Code of medical and sanitary regulations for the guidance of medical officers serving in the Madras Presidency - Volume I
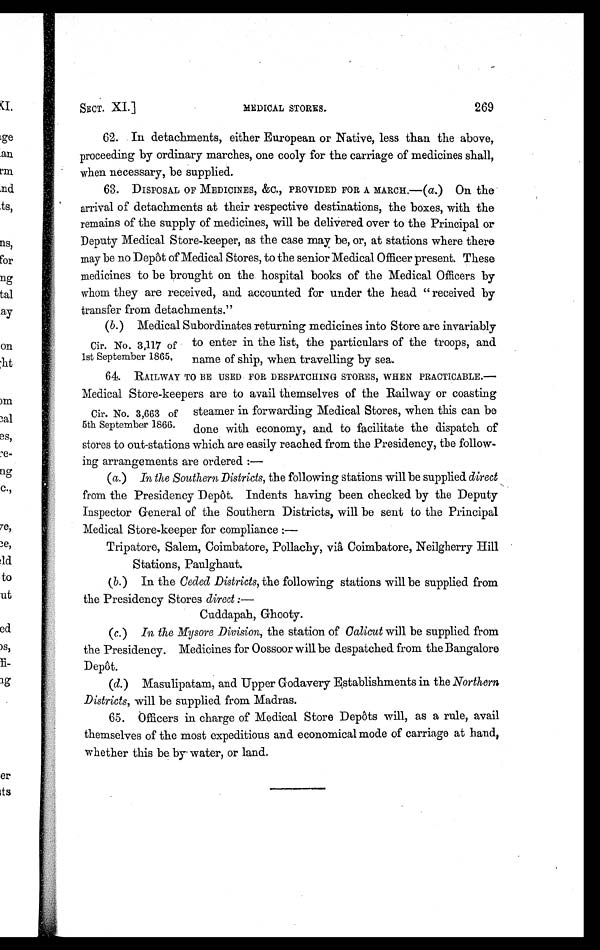
SECT. XI.]
MEDICAL STORES.
269
62. In detachments, either European or Native, less than the above,
proceeding by ordinary marches, one cooly for the carriage of medicines shall,
when necessary, be supplied.
63. DISPOSAL OF MEDICINES, &C., PROVIDED FOR A MARCH. — (a.) On the
arrival of detachments at their respective destinations, the boxes, with the
remains of the supply of medicines, will be delivered over to the Principal or
Deputy Medical Store-keeper, as the case may be, or, at stations where there
may be no Depot of Medical Stores, to the senior Medical Officer present. These
medicines to be brought on the hospital books of the Medical Officers by
whom they are received, and accounted for under the head " received by
transfer from detachments."
(b.) Medical Subordinates returning medicines into Store are invariably
Cir. No. 3,117 of to enter in the list, the particulars of the troops, and
1st September 1865
name of ship, when travelling by sea.
64. RAILWAY TO BE USED FOR DESPATCHING STORES, WHEN PRACTICABLE.—
Medical Store-keepers are to avail themselves of the Railway or coasting
Cir. No. 3,663 of steamer in forwarding Medical Stores, when this can be
5th September 1866.
done with economy, and to facilitate the dispatch of
stores to out-stations which are easily reached from the Presidency, the follow-
ing arrangements are ordered :-
(a.) In the Southern Districts, the following stations will be supplied direct
from the Presidency Depôt. Indents having been checked by the Deputy
Inspector General of the Southern Districts, will be sent to the Principal
Medical Store-keeper for compliance :—
Tripatore, Salem, Coimbatore, Pollachy, via Coimbatore, Neilgherry Hill
Stations, Paulghaut.
(b.) In the Ceded Districts, the following stations will be supplied from
the Presidency Stores direct :—
Cuddapah, Ghooty.
(c.) In the Mysore Division, the station of Calicut will be supplied from
the Presidency. Medicines for Oossoor will be despatched from the Bangalore
Depot.
(d.) Masulipatam, and Upper Godavery Establishments in the Northern
Districts, will be supplied from Madras.
65. Officers in charge of Medical Store Depots will, as a rule, avail
themselves of the most expeditious and economical mode of carriage at hand,
whether this be by water, or land.